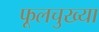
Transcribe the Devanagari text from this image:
फूलचुख्या